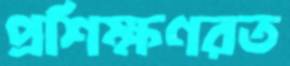
প্রশিক্ষণরত